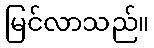
မြင်လာသည်။